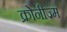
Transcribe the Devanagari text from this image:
क्रोनीज्म